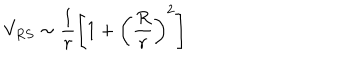
V _ { R S } \sim \frac { 1 } { r } \left[ 1 + \left( \frac { R } { r } \right) ^ { 2 } \right]